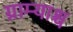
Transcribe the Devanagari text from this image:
ग्राम्याश्च